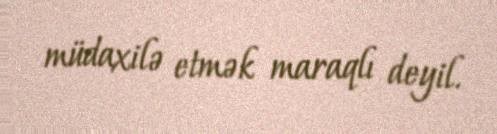
müdaxilə etmək maraqlı deyil.